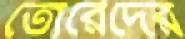
তোরেদের